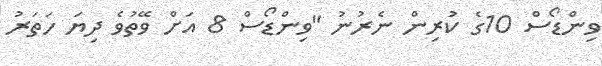
ވިންޑޯސް 10ގެ ކުރިން ނެރުނު "ވިންޑޯސް 8 އަށް ވޭތުވެ ދިޔަ ހަތަރު